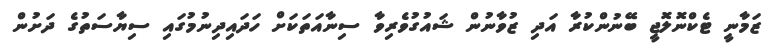
ޒަމާނީ ޓެކްނޮލޮޖީ ބޭނުންކުރާ އަދި ޒުވާނުން ޝައުގުވެރިވާ ސިނާއަތަކަށް ހަދައިދިނުމުގައި ސިޔާސަތުގެ ދަށުން